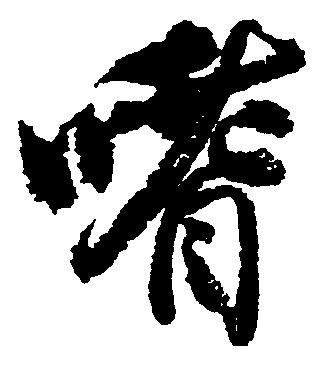
嗜